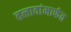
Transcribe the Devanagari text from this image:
तलावांमार्फत